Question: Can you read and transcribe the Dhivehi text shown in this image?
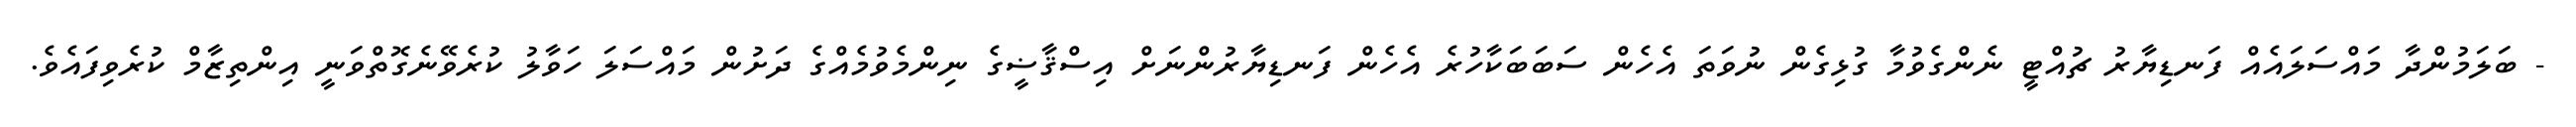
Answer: - ބަލަމުންދާ މައްސަލައެއް ފަނޑިޔާރު ޗުއްޓީ ނެންގެވުމާ ގުޅިގެން ނުވަތަ އެހެން ސަބަބަކާހުރެ އެހެން ފަނޑިޔާރުންނަށް އިސްޤާޟީގެ ނިންމެވުމެއްގެ ދަށުން މައްސަލަ ހަވާލު ކުރެވޭނެގޮތްވަނީ އިންތިޒާމް ކުރެވިފައެވެ.